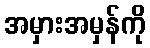
အမှားအမှန်ကို